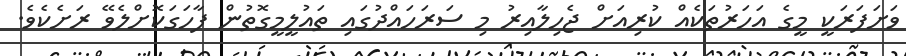
ވަށަފަރަކީ މީގެ އަހަރުތަކެއް ކުރިއަށް ޖެހިލާއިރު މި ސަރަހައްދުގައި ތައުލީމީގޮތުން ފާހަގަކޮށްލެވޭ ރަށެކެވެ.